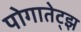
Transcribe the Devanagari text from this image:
पोगातेट्झ